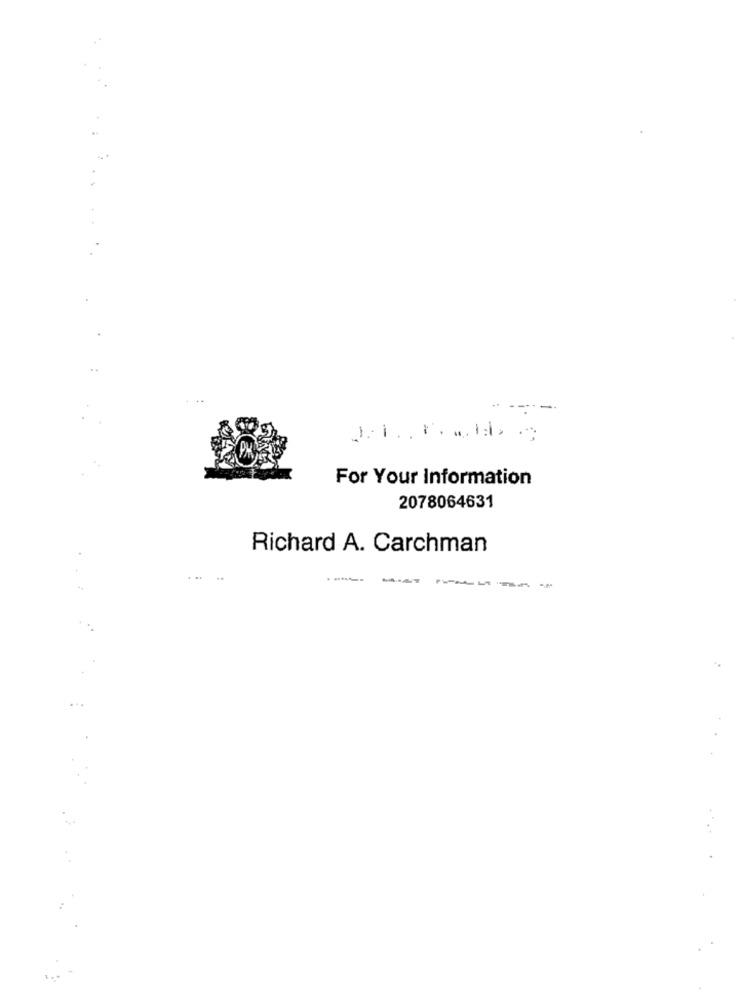
. ---
-
For Your Information
2078064631
Richard A. Carchman
...
---
---